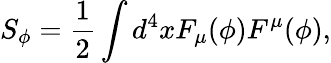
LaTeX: S_{\phi}=\frac{1}{2}\int d^{4}xF_{\mu}(\phi)F^{\mu}(\phi),